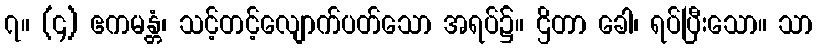
၇။ (၄) ဧကမန္တံ၊ သင့်တင့်လျောက်ပတ်သော အရပ်၌။ ဌိတာ ခေါ၊ ရပ်ပြီးသော။ သာ